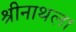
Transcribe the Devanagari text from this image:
श्रीनाथला